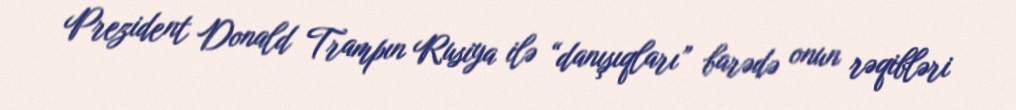
Prezident Donald Trampın Rusiya ilə “danışıqları” barədə onun rəqibləri